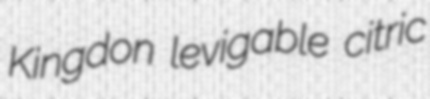
Kingdon levigable citric